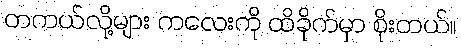
တကယ်လို့များ ကလေးကို ထိခိုက်မှာ စိုးတယ်။